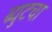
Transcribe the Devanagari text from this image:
ब्युटचा